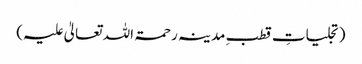
(تجلیاتِ قطبِ مدینہ رحمۃ اللہ تعالیٰ علیہ)